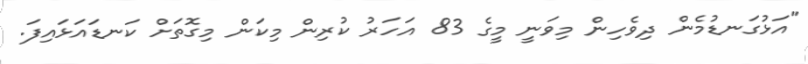
"އަޅުގަނޑުމެން ދިވެހިން މިވަނީ މީގެ 83 އަހަރު ކުރިން މިކަން މިގޮތަށް ކަނޑައަޅައިފަ.